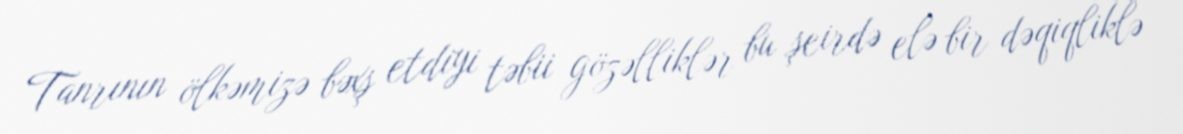
Tanrının ölkəmizə bəxş etdiyi təbii gözəlliklər bu şeirdə elə bir dəqiqliklə